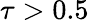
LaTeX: \tau>0.5